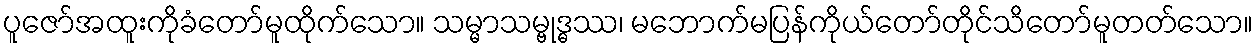
ပူဇော်အထူးကိုခံတော်မူထိုက်သော။ သမ္မာသမ္ဗုဒ္ဓဿ၊ မဘောက်မပြန်ကိုယ်တော်တိုင်သိတော်မူတတ်သော။